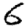
Digit: 6